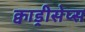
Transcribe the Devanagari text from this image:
क्वाड्रीसेप्स